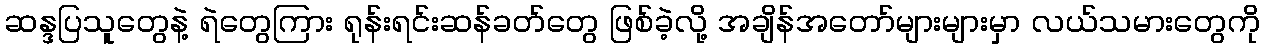
ဆန္ဒပြသူတွေနဲ့ ရဲတွေကြား ရုန်းရင်းဆန်ခတ်တွေ ဖြစ်ခဲ့လို့ အချိန်အတော်များများမှာ လယ်သမားတွေကို